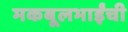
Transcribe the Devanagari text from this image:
मकबूलभाईंची